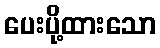
ပေးပို့ထားသော